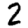
Digit: 2